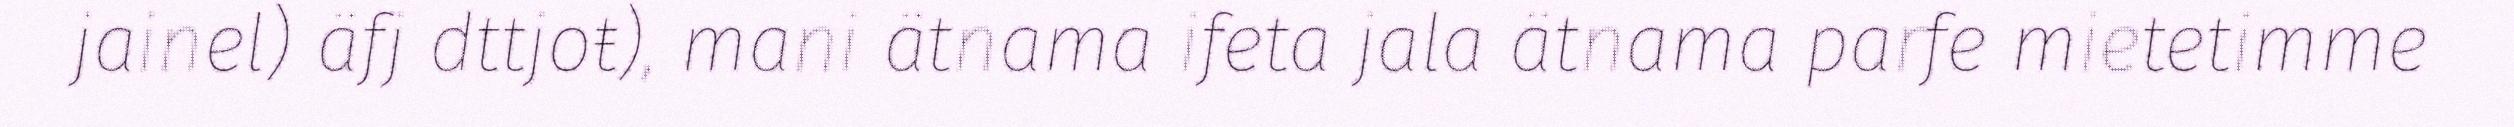
jainel) äfj dttjoŧ), mani ätnama ifeta jala ätnama parfe mietetimme